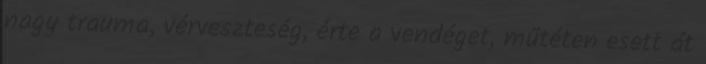
nagy trauma, vérveszteség, érte a vendéget, műtéten esett át